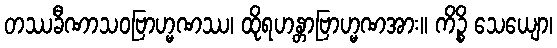
တဿခီဏာသဝဗြာဟ္မဏဿ၊ ထိုရဟန္တာဗြာဟ္မဏအား။ ကိဉ္စိ သေယျော၊